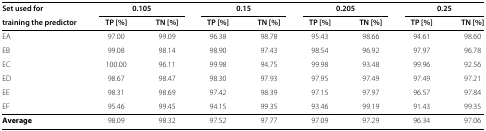
<table><thead><tr><td><b>Set used for</b></td><td colspan="2"><b>0.105</b></td><td colspan="2"><b>0.15</b></td><td colspan="2"><b>0.205</b></td><td colspan="2"><b>0.25</b></td></tr><tr><td><b>training the predictor</b></td><td><b>TP [%]</b></td><td><b>TN [%]</b></td><td><b>TP [%]</b></td><td><b>TN [%]</b></td><td><b>TP [%]</b></td><td><b>TN [%]</b></td><td><b>TP [%]</b></td><td><b>TN [%]</b></td></tr></thead><tbody><tr><td>EA</td><td>97.00</td><td>99.09</td><td>96.38</td><td>98.78</td><td>95.43</td><td>98.66</td><td>94.61</td><td>98.60</td></tr><tr><td>EB</td><td>99.08</td><td>98.14</td><td>98.90</td><td>97.43</td><td>98.54</td><td>96.92</td><td>97.97</td><td>96.78</td></tr><tr><td>EC</td><td>100.00</td><td>96.11</td><td>99.98</td><td>94.75</td><td>99.98</td><td>93.48</td><td>99.96</td><td>92.56</td></tr><tr><td>ED</td><td>98.67</td><td>98.47</td><td>98.30</td><td>97.93</td><td>97.95</td><td>97.49</td><td>97.49</td><td>97.21</td></tr><tr><td>EE</td><td>98.31</td><td>98.69</td><td>97.42</td><td>98.39</td><td>97.15</td><td>97.97</td><td>96.57</td><td>97.84</td></tr><tr><td>EF</td><td>95.46</td><td>99.45</td><td>94.15</td><td>99.35</td><td>93.46</td><td>99.19</td><td>91.43</td><td>99.35</td></tr><tr><td><b>Average</b></td><td>98.09</td><td>98.32</td><td>97.52</td><td>97.77</td><td>97.09</td><td>97.29</td><td>96.34</td><td>97.06</td></tr></tbody></table>